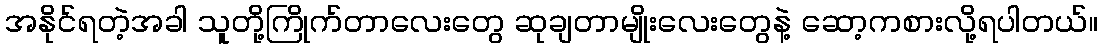
အနိုင်ရတဲ့အခါ သူတို့ကြိုက်တာလေးတွေ ဆုချတာမျိုးလေးတွေနဲ့ ဆော့ကစားလို့ရပါတယ်။